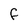
Character: F